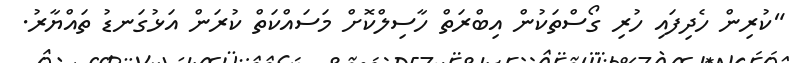
"ކުރިން ހެދިފައި ހުރި ގޯސްތަކުން އިބްރަތް ހާސިލްކޮށް މަސައްކަތް ކުރަން އަޅުގަނޑު ތައްޔާރު.